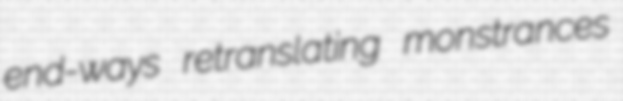
end-ways retranslating monstrances